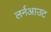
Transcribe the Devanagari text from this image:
लर्नआउट